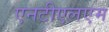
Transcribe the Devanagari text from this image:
एनटीएलएम